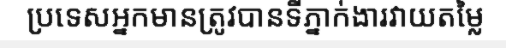
ប្រទេសអ្នកមានត្រូវបានទីភ្នាក់ងារវាយតម្លៃ